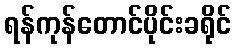
ရန်ကုန်တောင်ပိုင်းခရိုင်